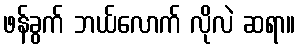
ဖန်ခွက် ဘယ်လောက် လိုလဲ ဆရာ။